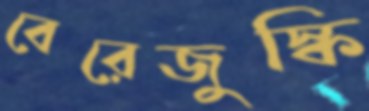
বেরেজুস্কি